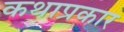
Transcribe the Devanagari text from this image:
कथाप्रकार